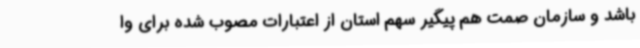
باشد و سازمان صمت هم پیگیر سهم استان از اعتبارات مصوب شده برای وا